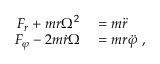
\begin{array} { r l } { F _ { r } + m r \Omega ^ { 2 } } & { { } = m { \ddot { r } } } \\ { F _ { \varphi } - 2 m { \dot { r } } \Omega } & { { } = m r { \ddot { \varphi } } \ , } \end{array}